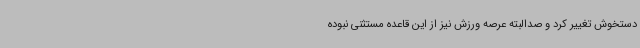
دستخوش تغییر کرد و صدالبته عرصه ورزش نیز از این قاعده مستثنی نبوده